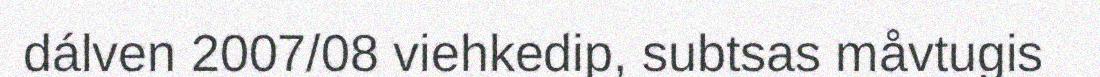
dálven 2007/08 viehkedip, subtsas måvtugis